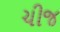
ચીજ